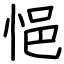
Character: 悒